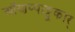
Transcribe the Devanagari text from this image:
ऑणप्पाट्टू़कार्